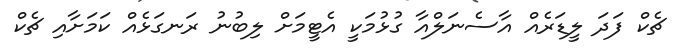
ޗެކް ފަދަ ލީޑަރެއް އާސެނަލްއާ ގުޅުމަކީ އެޓީމަށް ލިބުނު ރަނގަޅެއް ކަމަށާއި ޗެކް